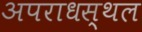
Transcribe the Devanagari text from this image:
अपराधस्थल